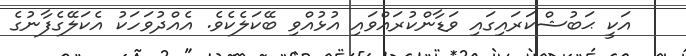
އަކީ ޙަބުޝްކަރައިގައި ވަޑާންކުރައްވައި އުޅުއްވި ބޭކަލެކެވެ. އެއްދުވަހަކު އެކަލޭގެފާނުގެ